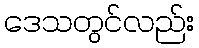
ဒေသတွင်လည်း